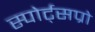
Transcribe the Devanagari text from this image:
स्पोर्ट्‌सप्रो